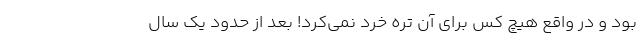
بود و در واقع هیچ کس برای آن تره خُرد نمی‌کرد! بعد از حدود یک سال